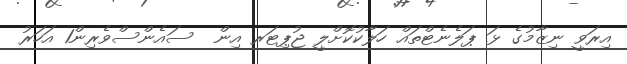
އިރަވީ ނިޒާމުގެ ޅަ ޕަލެނެޓްތައް ހަލާކުކޮށްލީ ޖުޕިޓަރ އިން  ސައެންސްވެރިން1 އަހަރު